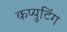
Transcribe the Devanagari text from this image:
कप्युटिंग